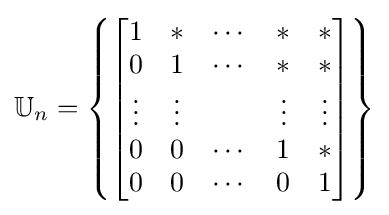
\mathbb {U} _{n}=\left\{{\begin{bmatrix}1&*&\cdots &*&*\\0&1&\cdots &*&*\\\vdots &\vdots &&\vdots &\vdots \\0&0&\cdots &1&*\\0&0&\cdots &0&1\end{bmatrix}}\right\}